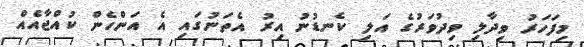
މިފަހަރު ވިދާލި ވިދުވަރުގެ އަލި ކެނޑުނު އިރު އެތަނުގައި އެ އަންހެން ކުއްޖާއެއް